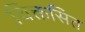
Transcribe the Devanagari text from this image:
चिक्तसित